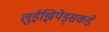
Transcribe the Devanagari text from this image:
लुईझियेड्सकडे